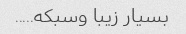
بسیار زیبا وسبکه.....